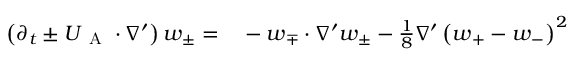
\begin{array} { r l } { \left( \partial _ { t } \pm \boldsymbol { U } _ { \mathrm { ~ A ~ } } \cdot \nabla ^ { \prime } \right) \boldsymbol { w } _ { \pm } = } & { { } - \boldsymbol { w } _ { \mp } \cdot \nabla ^ { \prime } \boldsymbol { w } _ { \pm } - \frac { 1 } { 8 } \nabla ^ { \prime } \left( \boldsymbol { w } _ { + } - \boldsymbol { w } _ { - } \right) ^ { 2 } } \end{array}